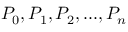
P _ { 0 } , P _ { 1 } , P _ { 2 } , . . . , P _ { n }